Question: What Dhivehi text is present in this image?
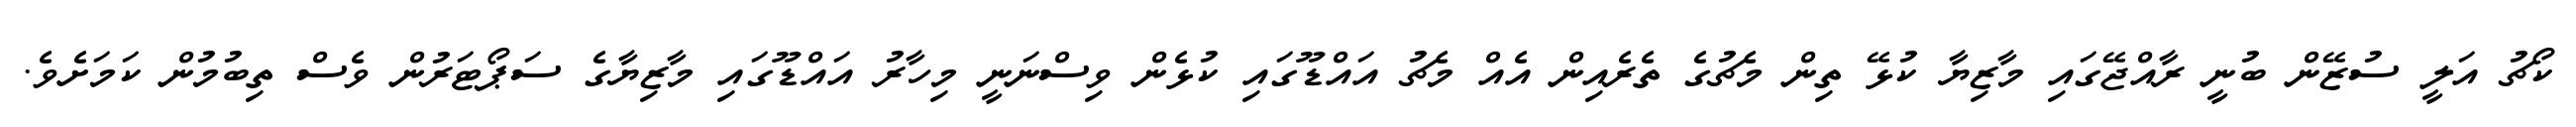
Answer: ކޯޗު އަލީ ސުޒޭން ބުނީ ރާއްޖޭގައި މާޒިޔާ ކުޅޭ ތިން މެޗުގެ ތެރެއިން އެއް މެޗު އައްޑޫގައި ކުޅެން ވިސްނަނީ މިހާރު އައްޑޫގައި މާޒިޔާގެ ސަޕޯޓަރުން ވެސް ތިބުމުން ކަމަށެވެ.